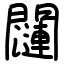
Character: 𬮖